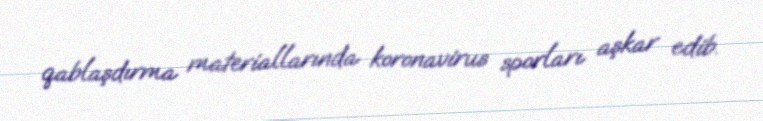
qablaşdırma materiallarında koronavirus sporları aşkar edib.